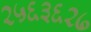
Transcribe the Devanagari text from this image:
२५६३६२७